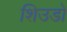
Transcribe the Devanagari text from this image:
शिउडो